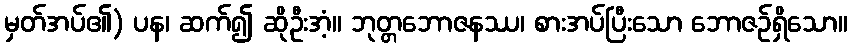
မှတ်အပ်၏) ပန၊ ဆက်၍ ဆိုဦးအံ့။ ဘုတ္တဘောဇနဿ၊ စားအပ်ပြီးသော ဘောဇဉ်ရှိသော။